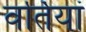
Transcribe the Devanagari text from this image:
वर्तियां